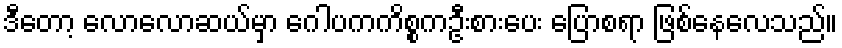
ဒီတော့ လောလောဆယ်မှာ ဂေါပကကိစ္စကဦးစားပေး ပြောစရာ ဖြစ်နေလေသည်။